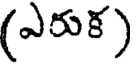
(ఎరుక)